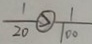
\frac { 1 } { 2 0 } > \frac { 1 } { 1 0 0 }